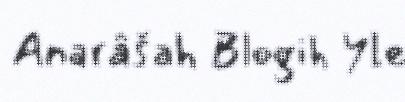
Anarâšah Blogih Yle